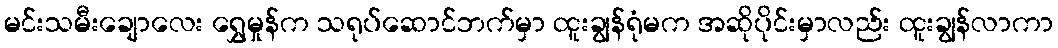
မင်းသမီးချောလေး ရွှေမှုန်က သရုပ်ဆောင်ဘက်မှာ ထူးချွန်ရုံမက အဆိုပိုင်းမှာလည်း ထူးချွန်လာကာ